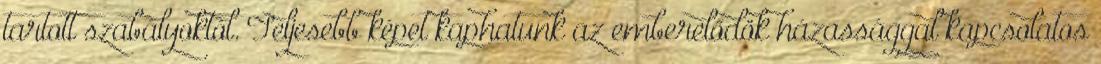
tartott szabályoktól. Teljesebb képet kaphatunk az emberelődök házassággal kapcsolatos